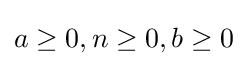
a\geq 0,n\geq 0,b\geq 0